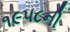
૧૯૫૮ની